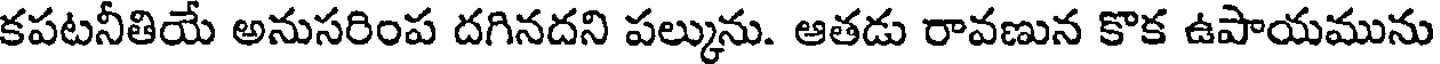
కపటనీతియే అనుసరింప దగినదని పల్కును. ఆతడు రావణున కొక ఉపాయమును